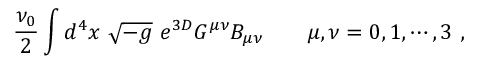
\frac { \nu _ { 0 } } { 2 } \int d ^ { 4 } x \ \sqrt { - g } \ e ^ { 3 D } G ^ { \mu \nu } B _ { \mu \nu } { } ~ ~ ~ ~ ~ \ \mu , \nu = 0 , 1 , \cdots , 3 \ ,